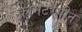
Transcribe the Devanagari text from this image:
क्रोमेटरंगीन